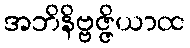
အဘိနိဗ္ဗဇ္ဇိယာထ